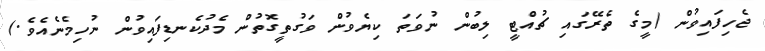
ޖެހިފައިވުން (މީގެ ތެރޭގައި ޗުއްޓީ ލިބުން ނުވަތަ ކިޔެވުން ވަގުތީގޮތުން މެދުކެނޑިފައިވުން ނުހިމެނެއެވެ.)